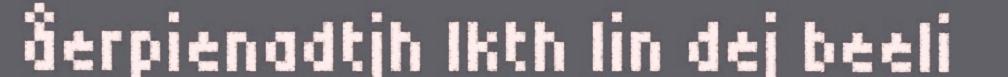
åerpienadtjh Ikth lin dej beeli